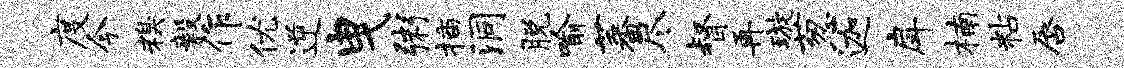
度今糗毅作优逆曳粥插洞脱喻蕃尽督再璇葱迦戽楠粘唇